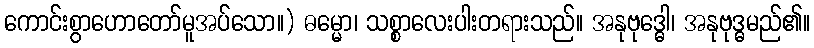
ကောင်းစွာဟောတော်မူအပ်သော။) ဓမ္မော၊ သစ္စာလေးပါးတရားသည်။ အနုဗုဒ္ဓေါ၊ အနုဗုဒ္ဓမည်၏။